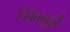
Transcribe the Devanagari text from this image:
विवेकबुद्धी